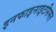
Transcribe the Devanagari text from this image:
इनफाइनाइटसिमल